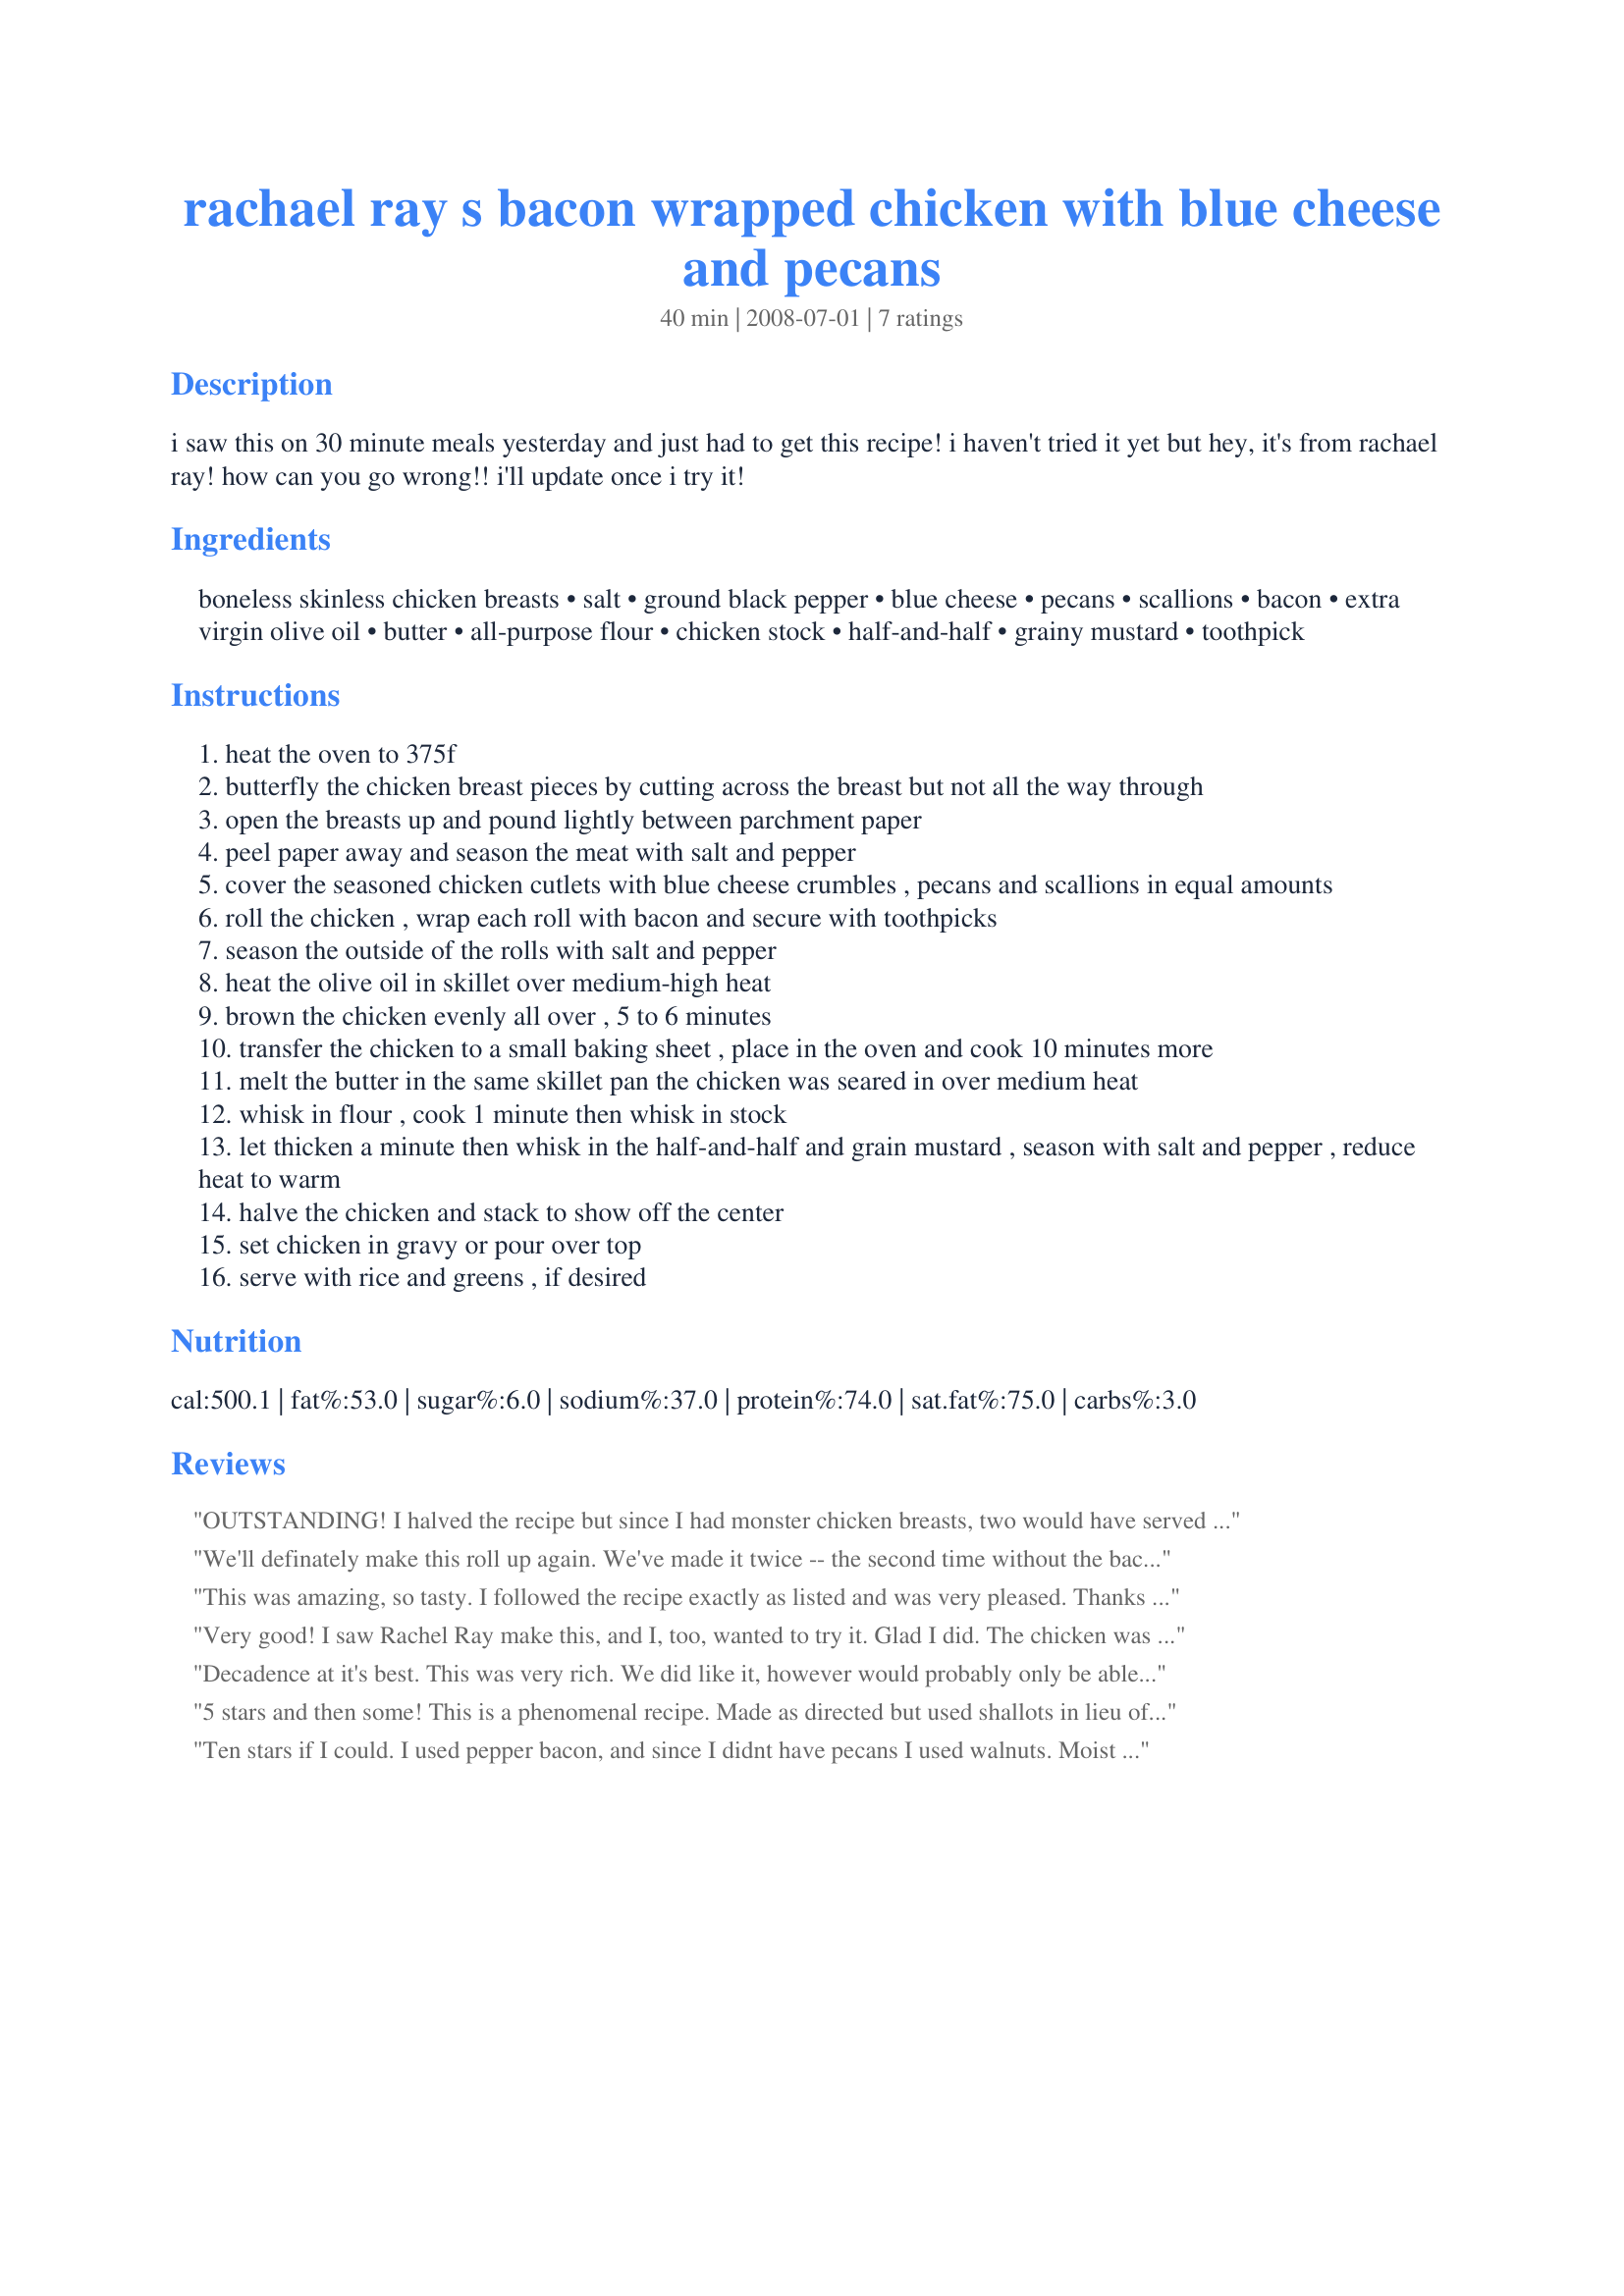
rachael ray s bacon wrapped chicken with blue cheese and pecans
Preparation time: 40 minutes

i saw this on 30 minute meals yesterday and just had to get this recipe! i haven't tried it yet but hey, it's from rachael ray! how can you go wrong!! i'll update once i try it!

Ingredients:
boneless skinless chicken breasts, salt, ground black pepper, blue cheese, pecans, scallions, bacon, extra virgin olive oil, butter, all-purpose flour, chicken stock, half-and-half, grainy mustard, toothpick

Steps:
heat the oven to 375f
butterfly the chicken breast pieces by cutting across the breast but not all the way through
open the breasts up and pound lightly between parchment paper
peel paper away and season the meat with salt and pepper
cover the seasoned chicken cutlets with blue cheese crumbles , pecans and scallions in equal amounts
roll the chicken , wrap each roll with bacon and secure with toothpicks
season the outside of the rolls with salt and pepper
heat the olive oil in skillet over medium-high heat
brown the chicken evenly all over , 5 to 6 minutes
transfer the chicken to a small baking sheet , place in the oven and cook 10 minutes more
melt the butter in the same skillet pan the chicken was seared in over medium heat
whisk in flour , cook 1 minute then whisk in stock
let thicken a minute then whisk in the half-and-half and grain mustard , season with salt and pepper , reduce heat to warm
halve the chicken and stack to show off the center
set chicken in gravy or pour over top
serve with rice and greens , if desired

Reviews:
OUTSTANDING! I halved the recipe but since I had monster chicken breasts, two would have served four generously. I did use about twice the amount of bacon specified, again because of the size of the rolls, but then there is no such thing as too much bacon. Also, I didn't have any grainy mustard, so used dijon--as far as I'm concerned that is perfect. Thanks for sharing this!
We'll definately make this roll up again. We've made it twice -- the second time without the bacon. It was a little dryer without the bacon, so keep that step. We also made Rachael's rice & grapes cooked in red wine, and some fresh string beans cooked with garlic & olive oil. Yummy! I had the best leftovers at the office last week!
This was amazing, so tasty. I followed the recipe exactly as listed and was very pleased. Thanks for sharing this lovely recipe.
Very good! I saw Rachel Ray make this, and I, too, wanted to try it. Glad I did. The chicken was moist--loved the blue cheese and pecan combo. This is an impressive dish to serve to guests, and it's soooooo easy. Try this one today...
Decadence at it's best. This was very rich. We did like it, however would probably only be able to eat it every now and then. One other thing we would try, is to leave out the flour and mustard in the gravy. It ended up a little thick. Also, the numerous flavours may have the chance to shine a bit more if there were less of them. Overall though - YUM!
5 stars and then some! This is a phenomenal recipe. Made as directed but used shallots in lieu of the scallions, and used only half the bleu cheese called for and it was perfect. They did take a bit longer in the oven (about 18 minutes). This dish has a wonderful taste and texture with creamy bleu cheese, tender chicken, and crisp bacon. The pecans and a nice surprise as well. Thanks for posting! :)
Ten stars if I could. I used pepper bacon, and since I didnt have pecans I used walnuts. Moist chicken and the sauce was excellent. I served with Smothered Green Beans.
Thanks for Posting,
Di;-)
